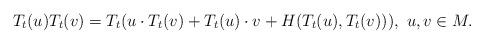
LaTeX: \begin{align*}T_t (u) T_t(v) = T_t ( u \cdot T_t(v) + T_t (u) \cdot v + H (T_t (u), T_t (v)) ), ~ u, v \in M.\end{align*}